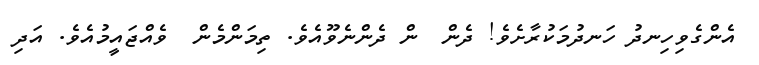
އެންގެވިހިނދު ހަނދުމަކުރާށެވެ! ދެން  ން ދެންނެވޫއެވެ. ތިމަންމެން  ވެއްޖައީމުއެވެ. އަދި